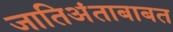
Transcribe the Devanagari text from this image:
जातिअंताबाबत